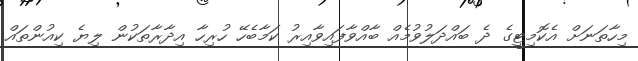
މިހާތަނަށް އެކޮމިޓީގެ ދެ ބައްދަލުވުމެއް ބާއްވާފައިވާއިރު ކަމާބެހޭ ހުރިހާ އިދާރާތަކުން ލިޔެ ކިއުންތައް